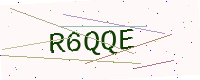
Text: R6QQE